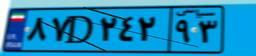
۳۳D۷۴۸۵۷